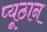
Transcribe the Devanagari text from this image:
प्यूठान